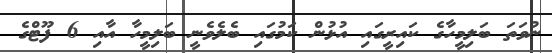
ނުވަތަ ބަލިމީހާގެ ކައިރީގައި އުޅުން ކަމުގައި ބެލެވެނީ ބަލިމީހާ އާއި 6 ފޫޓްގެ